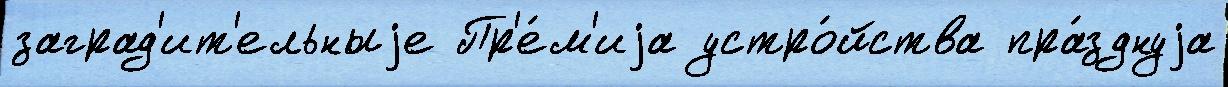
заград'ит'ельныjе Пр'е́м'иjа устро́йства пра́зднуjа